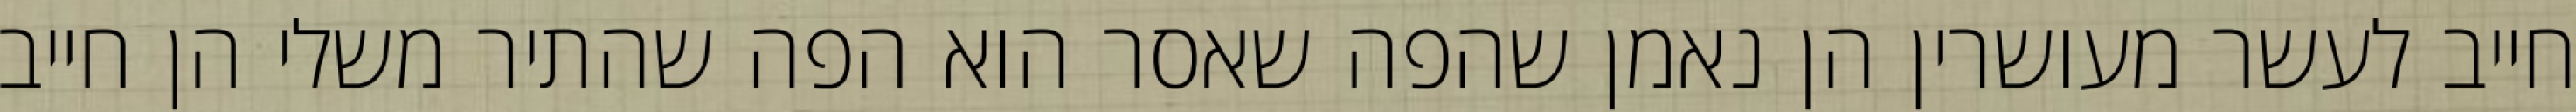
חייב לעשר מעושרין הן נאמן שהפה שאסר הוא הפה שהתיר משלי הן חייב